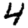
Digit: 4